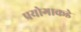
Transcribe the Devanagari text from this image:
प्रयोगाकडे